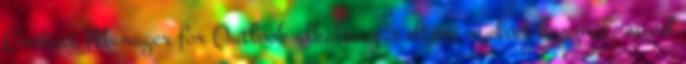
Contact Manager for Outlook alkalmazás eltérő nyelvet használ, mivel